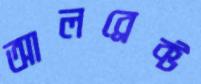
আলব্রেক্ট